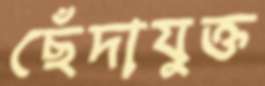
ছেঁদাযুক্ত